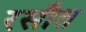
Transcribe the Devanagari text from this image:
रसौत